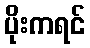
ပိုးကရင်